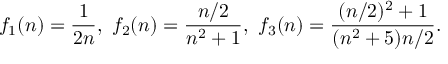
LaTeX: f _ { 1 } ( n ) = { \frac { 1 } { 2 n } } , \ f _ { 2 } ( n ) = { \frac { n / 2 } { n ^ { 2 } + 1 } } , \ f _ { 3 } ( n ) = { \frac { ( n / 2 ) ^ { 2 } + 1 } { ( n ^ { 2 } + 5 ) n / 2 } } .